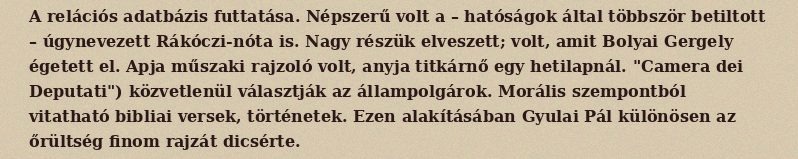
A relációs adatbázis futtatása. Népszerű volt a – hatóságok által többször betiltott – úgynevezett Rákóczi-nóta is. Nagy részük elveszett; volt, amit Bolyai Gergely égetett el. Apja műszaki rajzoló volt, anyja titkárnő egy hetilapnál. "Camera dei Deputati") közvetlenül választják az állampolgárok. Morális szempontból vitatható bibliai versek, történetek. Ezen alakításában Gyulai Pál különösen az őrültség finom rajzát dicsérte.